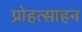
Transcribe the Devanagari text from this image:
प्रोहत्साहन